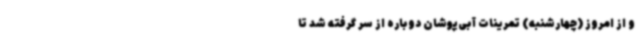
و از امروز (چهارشنبه) تمرینات آبی‌پوشان دوباره از سر گرفته شد تا